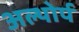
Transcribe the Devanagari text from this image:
अल्थोर्प